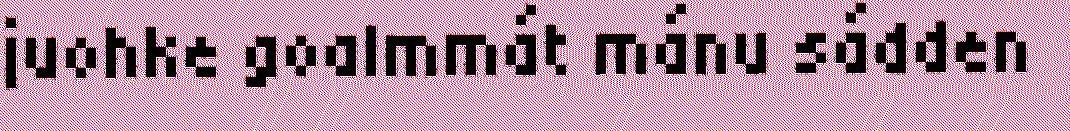
juohke goalmmát mánu sádden